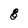
Character: 8